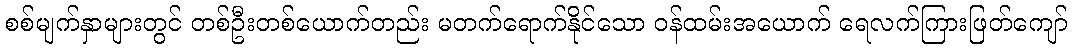
စစ်မျက်နှာများတွင် တစ်ဦးတစ်ယောက်တည်း မတက်ရောက်နိုင်သော ဝန်ထမ်းအယောက် ရေလက်ကြားဖြတ်ကျော်